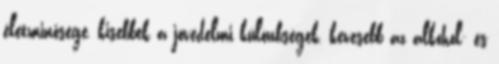
életminősége, kisebbek a jövedelmi különbségek, kevesebb az alkohol- és